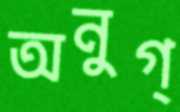
অনুগ্